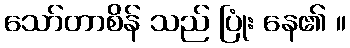
သော်တာစိန် သည် ပြုံး နေ၏ ။